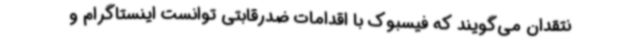
نتقدان می‌گویند که فیسبوک با اقدامات ضدرقابتی توانست اینستاگرام و